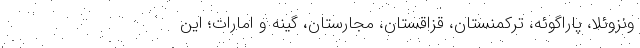
ونزوئلا، پاراگوئه، ترکمنستان، قزاقستان، مجارستان، گینه و امارات؛ این